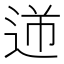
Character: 𨒾